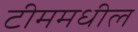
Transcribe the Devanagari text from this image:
टीममधील